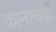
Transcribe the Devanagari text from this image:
कानांचेही